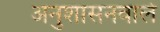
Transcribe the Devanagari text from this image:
अनुशासनवाले